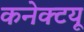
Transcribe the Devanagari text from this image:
कनेक्टयू